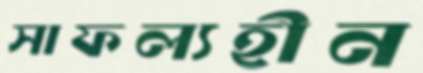
সাফল্যহীন